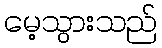
မေ့သွားသည်